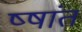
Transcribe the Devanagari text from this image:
ष्षांत